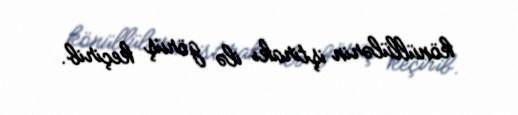
könüllülərin iştirakı ilə görüş keçirib.